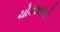
ચોકસાઇનો